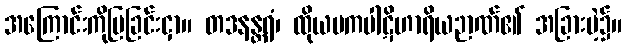
အကြောင်းကိုပြခြင်းငှာ။ တဒနန္တရံ၊ ထိုယမကပါဋိဟာရိယဉာဏ်၏ အခြားမဲ့၌။